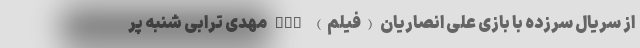
از سریال سرزده با بازی علی انصاریان (فیلم) nan مهدی ترابی شنبه پر